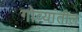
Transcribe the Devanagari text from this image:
गोव्यांतील